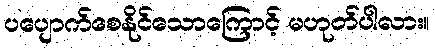
ပပျောက်စေနိုင်သောကြောင့် မဟုတ်ပါလား။